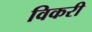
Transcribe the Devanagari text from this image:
विकरी